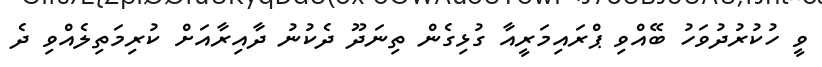
ވީ ހުކުރުދުވަހު ބޭއްވި ޕްރައިމަރީއާ ގުޅިގެން ތިނަދޫ ދެކުނު ދާއިރާއަށް ކުރިމަތިލެއްވި ދެ